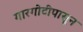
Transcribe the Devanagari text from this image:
गारगोटीपासून